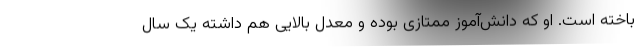
باخته است. او که دانش‌آموز ممتازی بوده و معدل بالایی هم داشته یک سال